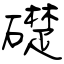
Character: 礎